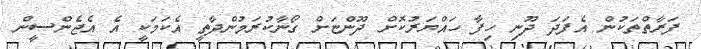
ފަރާތްތަކުން އެފަދަ ދޫނި ހިފާ ހައްޔަރުކޮށް ދޫންޏަށް ގޯނާކުރަމުންދާތީ އެކަމަކީ އެ އެޖެންސީން